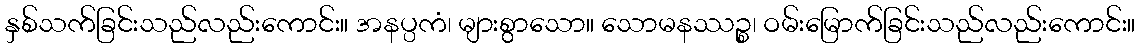
နှစ်သက်ခြင်းသည်လည်းကောင်း။ အနပ္ပကံ၊ များစွာသော။ သောမနဿဉ္စ၊ ဝမ်းမြောက်ခြင်းသည်လည်းကောင်း။